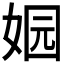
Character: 𮱄